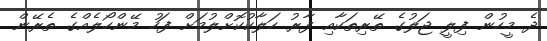
ދެ މީހުން ފިލީ ޖަލުގެ ތޭރިތަކާއި ފާރު ހަލާކުކޮށްލުމަށް ފަހު މޭންހޯލެއްގެ ތެރޭން